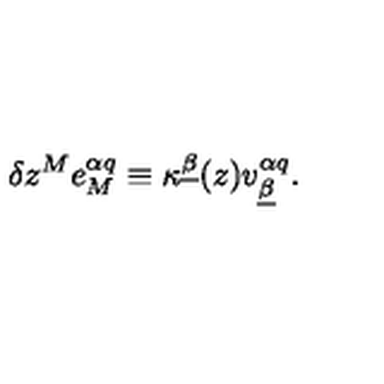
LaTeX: \delta z ^ { M } e _ { M } ^ { \alpha q } \equiv \kappa ^ { \underline { \beta } } ( z ) v _ { \underline { \beta } } ^ { \alpha q } .